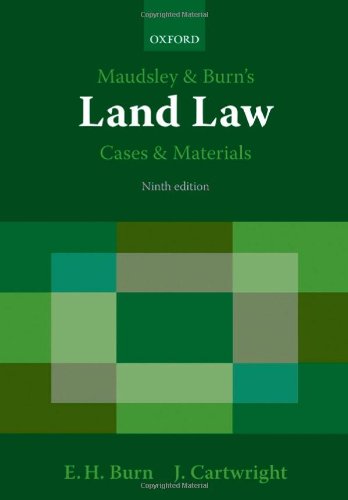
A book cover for Maudsley & Burn's Land Law Cases and Materials; John J. Cartwright; Law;